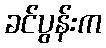
ခင်ပွန်းက